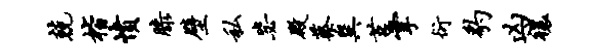
兢楷愤膝壁私毖殿蔡巽莒掌衍豹凶禳